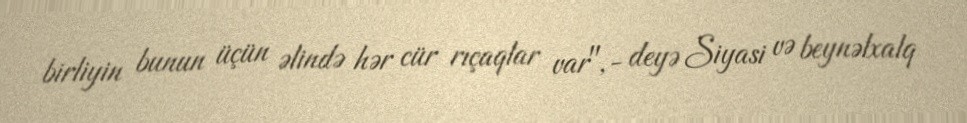
birliyin bunun üçün əlində hər cür rıçaqlar var",- deyə Siyasi və beynəlxalq